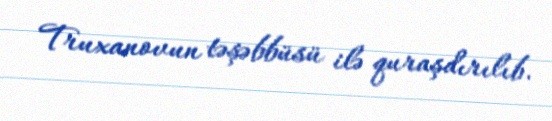
Truxanovun təşəbbüsü ilə quraşdırılıb.